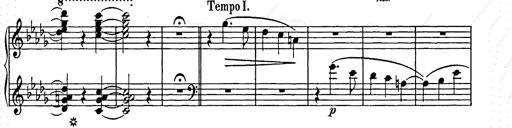
Title: Weihnachtsbaum
Composer: Franz Liszt